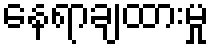
နေရာချထားမှု